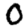
Digit: 0